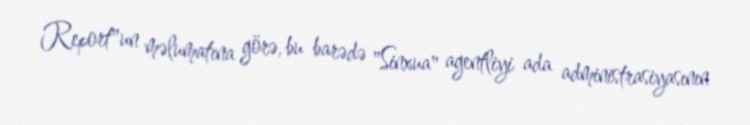
Report"un məlumatına görə, bu barədə "Sinxua" agentliyi ada administrasiyasının